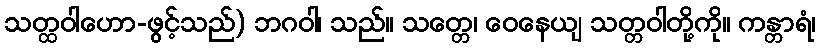
သတ္ထဝါဟော-ဖွင့်သည်) ဘဂဝါ၊ သည်။ သတ္တေ၊ ဝေနေယျ သတ္တဝါတို့ကို။ ကန္တာရံ၊